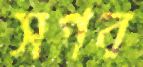
সগর